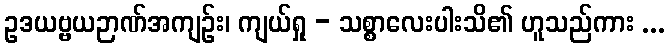
ဥဒယဗ္ဗယဉာဏ်အကျဉ်း၊ ကျယ်ရှု - သစ္စာလေးပါးသိ၏ ဟူသည်ကား ...